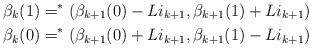
LaTeX: \begin{align*}\beta_k(1) = ^*(\beta_{k+1}(0)-Li_{k+1},\beta_{k+1}(1)+Li_{k+1}) \\\beta_k(0) = ^*(\beta_{k+1}(0)+Li_{k+1},\beta_{k+1}(1)-Li_{k+1})\end{align*}